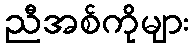
ညီအစ်ကိုများ